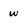
Character: w